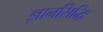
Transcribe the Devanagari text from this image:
ज्ञानसिद्धिः